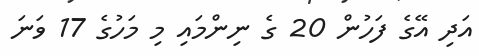
އަދި އޭގެ ފަހުން 20 ގެ ނިންމައި މި މަހުގެ 17 ވަނަ